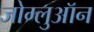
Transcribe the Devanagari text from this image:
जोग्लुऑन